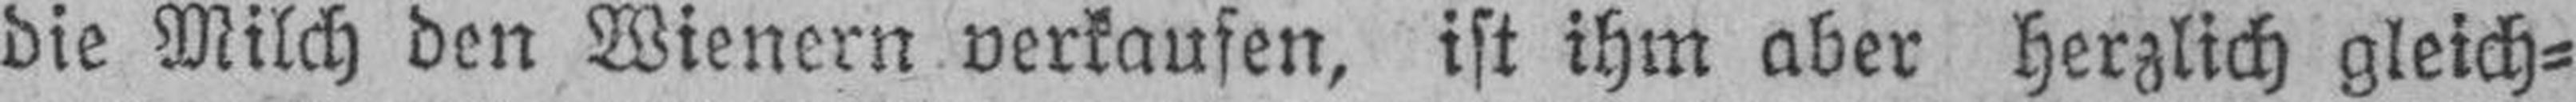
die Milch den Wienern verkaufen, ist ihm aber herzlich gleich¬